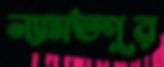
ন্যামতপুর